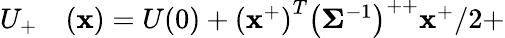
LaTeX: \begin{array}{rl}{U_{+}}&{{}(\mathbf{x})=U(0)+\left(\mathbf{x}^{+}\right)^{T}\left(\mathbf{\Sigma}^{-1}\right)^{++}\mathbf{x}^{+}/2+}\end{array}